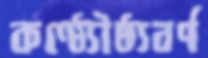
কণ্ঠ্যৌষ্ঠ্যবর্ণ